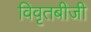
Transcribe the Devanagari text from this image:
विवृतबीजी